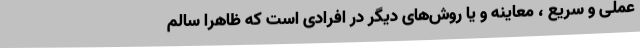
عملی و سریع ، معاینه و یا روش‌های دیگر در افرادی است که ظاهراً سالم